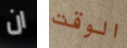
ان الوقت